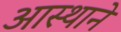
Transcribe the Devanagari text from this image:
आस्थाने